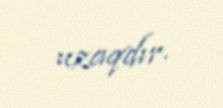
uzaqdır.